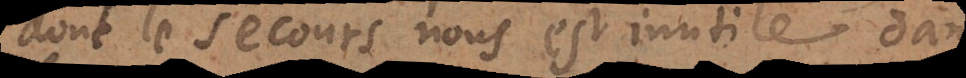
dont le secours nous est inutile dans